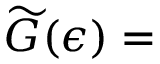
\widetilde G ( \epsilon ) =